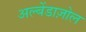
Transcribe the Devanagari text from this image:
अल्बेंडाज़ोल